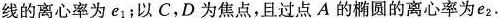
线的离心率为e_{1}；以C，D为焦点，且过点A的椭圆的离心率为e_{2}.